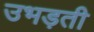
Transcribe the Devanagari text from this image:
उभड़ती